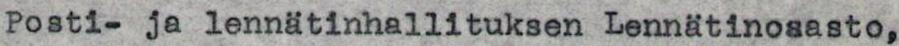
Posti- ja lennätinhallituksen Lennätinosasto,